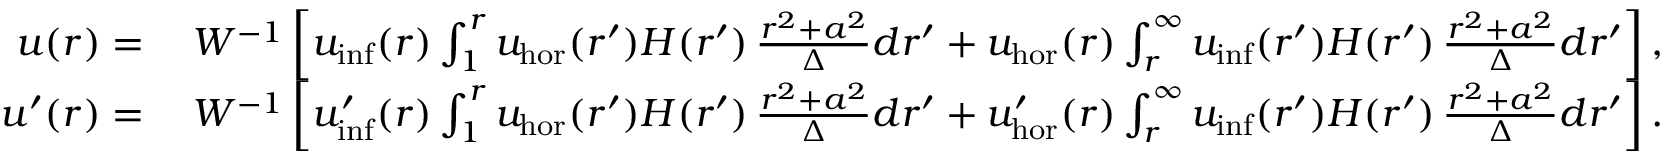
\begin{array} { r l } { u ( r ) = } & { \: W ^ { - 1 } \left[ u _ { \mathrm { i n f } } ( r ) \int _ { 1 } ^ { r } u _ { \mathrm { h o r } } ( r ^ { \prime } ) H ( r ^ { \prime } ) \, \frac { r ^ { 2 } + a ^ { 2 } } { \Delta } d r ^ { \prime } + u _ { \mathrm { h o r } } ( r ) \int _ { r } ^ { \infty } u _ { \mathrm { i n f } } ( r ^ { \prime } ) H ( r ^ { \prime } ) \, \frac { r ^ { 2 } + a ^ { 2 } } { \Delta } d r ^ { \prime } \right] , } \\ { u ^ { \prime } ( r ) = } & { \: W ^ { - 1 } \left[ u _ { \mathrm { i n f } } ^ { \prime } ( r ) \int _ { 1 } ^ { r } u _ { \mathrm { h o r } } ( r ^ { \prime } ) H ( r ^ { \prime } ) \, \frac { r ^ { 2 } + a ^ { 2 } } { \Delta } d r ^ { \prime } + u _ { \mathrm { h o r } } ^ { \prime } ( r ) \int _ { r } ^ { \infty } u _ { \mathrm { i n f } } ( r ^ { \prime } ) H ( r ^ { \prime } ) \, \frac { r ^ { 2 } + a ^ { 2 } } { \Delta } d r ^ { \prime } \right] . } \end{array}